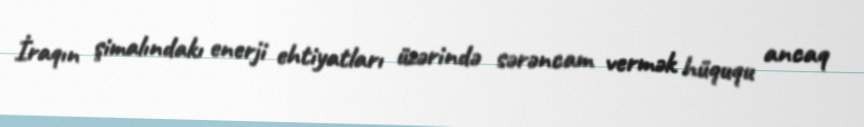
İraqın şimalındakı enerji ehtiyatları üzərində sərəncam vermək hüququ ancaq